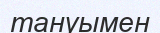
тануымен